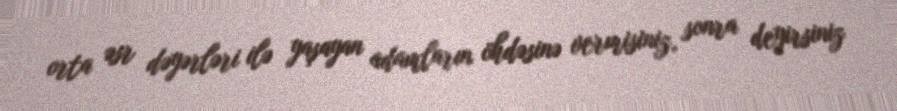
orta əsr dəyərləri ilə yaşayan adamların öhdəsinə vermisiniz, sonra deyirsiniz